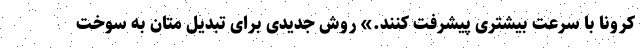
کرونا با سرعت بیشتری پیشرفت کنند.» روش جدیدی برای تبدیل متان به سوخت